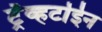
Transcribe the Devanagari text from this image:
ट्रॅव्हर्टाईन